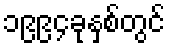
၁၉၉၄ခုနှစ်တွင်